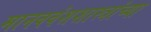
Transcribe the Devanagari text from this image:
मानववंशशास्त्रांच्या